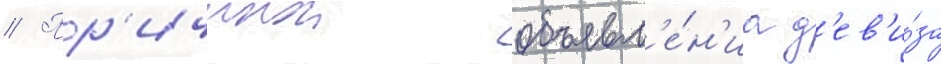
// Пр'ичинои объявл'е́н'иа д'ев'и́за